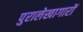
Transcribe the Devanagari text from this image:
पुरालेखागारों